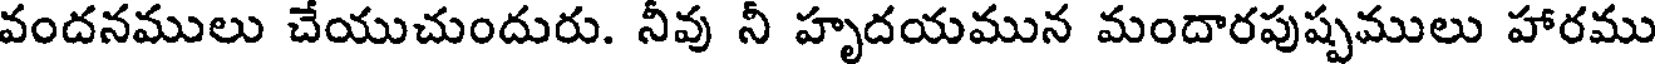
వందనములు చేయుచుందురు. నీవు నీ హృదయమున మందారపుష్పములు హారము